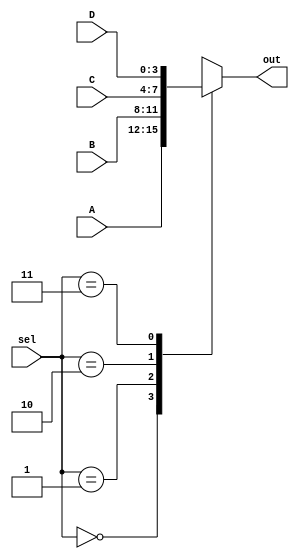
module mux4to1(A, B, C, D, sel, out);
    input [3:0] A, B, C, D;
    input [1:0] sel;
    output reg [3:0] out;

    always @(A or B or C or D or sel) begin
        case (sel)
            2'b00 : out = A;
            2'b01 : out = B;
            2'b10 : out = C;
            2'b11 : out = D;
        endcase
    end
endmodule